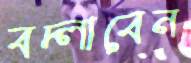
বদ্‌লাবেন